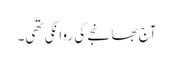
آج بھانجے کی روانگی تھی۔